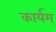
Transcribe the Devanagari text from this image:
कार्यम्